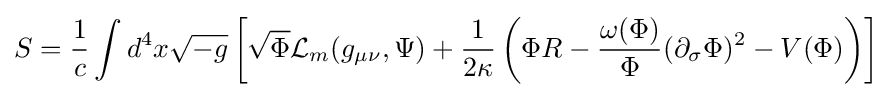
S={\frac {1}{c}}\int d^{4}x{\sqrt {-g}}\left[{\sqrt {\Phi }}{\mathcal {L}}_{m}(g_{\mu \nu },\Psi )+{\frac {1}{2\kappa }}\left(\Phi R-{\frac {\omega (\Phi )}{\Phi }}(\partial _{\sigma }\Phi )^{2}-V(\Phi )\right)\right]